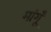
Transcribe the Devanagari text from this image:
मांगूँ